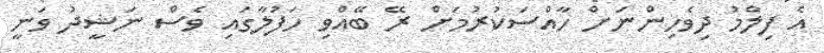
އެ ފިލްމު ދިވެހިންނަށް ހާއްސަކުރުމަށް ރޭ ބޭއްވި ހަފުލާގައި ވެސް ނަޝީދު ވަނީ